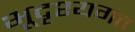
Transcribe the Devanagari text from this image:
भूदृश्यगत